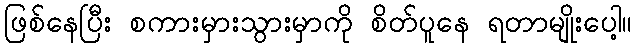
ဖြစ်နေပြီး စကားမှားသွားမှာကို စိတ်ပူနေ ရတာမျိုးပေါ့။